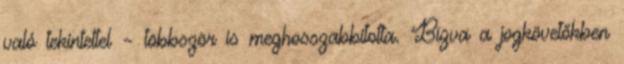
való tekintettel – többször is meghosszabbította. Bízva a jogkövetőkben